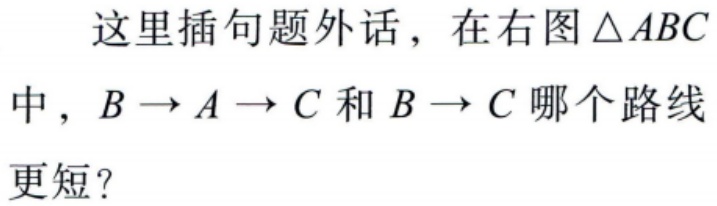
这里插句题外话，在右图\(\triangle ABC\)中，\(B \to A \to C\)和\(B \to C\)哪个路线更短？